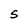
Character: S